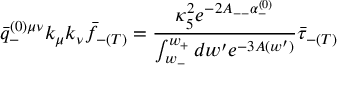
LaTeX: \bar { q } _ { - } ^ { ( 0 ) \mu \nu } k _ { \mu } k _ { \nu } \bar { f } _ { - ( T ) } = \frac { \kappa _ { 5 } ^ { 2 } e ^ { - 2 A _ { -- } \alpha _ { - } ^ { ( 0 ) } } } { \int _ { w _ { - } } ^ { w _ { + } } d w ^ { \prime } e ^ { - 3 A ( w ^ { \prime } ) } } \bar { \tau } _ { - ( T ) }